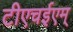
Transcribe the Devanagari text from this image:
टीएचईएम्